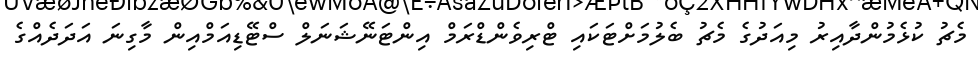
މެޗު ކުޅެމުންދާއިރު މިއަދުގެ މެޗު ބެލުމަށްޓަކައި ޓްރިވެންޑްރަމް އިންޓަނޭޝަނަލް ސްޓޭޑިއަމްއިން މާގިނަ އަދަދެއްގެ